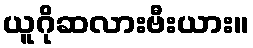
ယူဂိုဆလားဗီးယား။